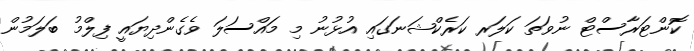
ކޮންޓަރާސްޓް ނުވަތަ ކަލަރ ކަރެކްޝަނަގައި އުޅުނު މި މައްސަލަ ވެގެންދިޔައީ ފިލްމު ބަލަމުން